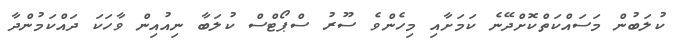
ކުލަބުން މަސައްކަތްކޮށްދޭނެ ކަމަށާއި މިހެންވެ ސޫރު ސްޕޯޓްސް ކުލަބާ ނިއުއިން ވާހަކަ ދައްކަމުންދާ